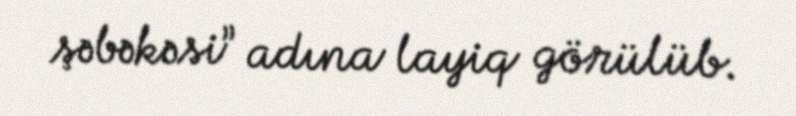
şəbəkəsi” adına layiq görülüb.